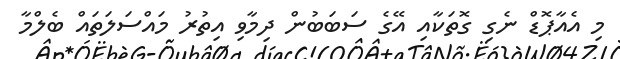
މި އެއާޕޮޑް ނެގި ގޮތަކާއި އޭގެ ސަބަބުން ދިމާވި އިތުރު މައްސަލަތައް ބެލްމާ